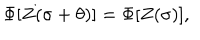
\Phi [ Z ( \sigma + \theta ) ] = \Phi [ Z ( \sigma ) ] ,